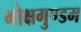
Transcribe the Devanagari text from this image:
मोक्षगुण्डम